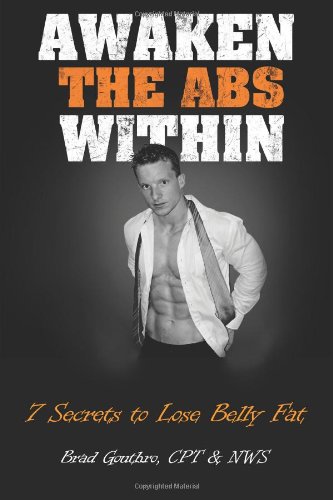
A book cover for Awaken The Abs Within: 7 Secrets To Lose Belly Fat; Brad Gouthro; Health, Fitness & Dieting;